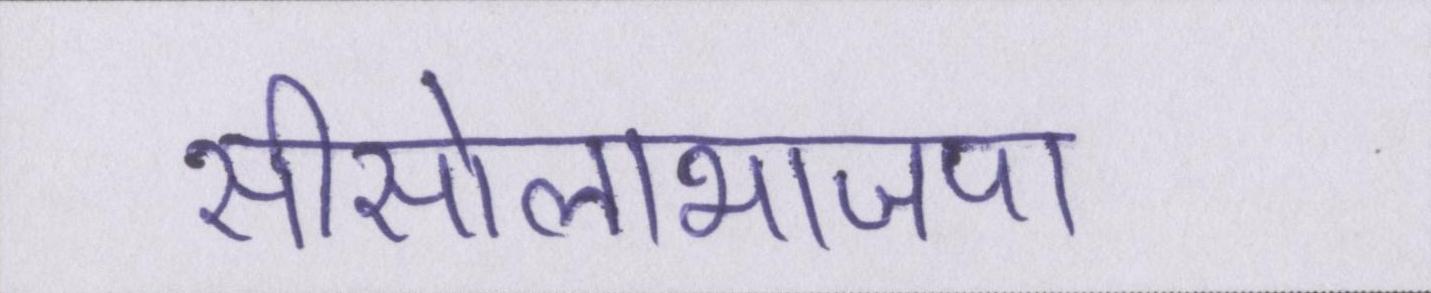
सीसोलाभाजपा